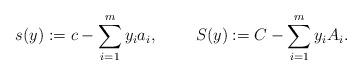
LaTeX: \begin{align*} s(y) := c - \sum_{i=1}^m y_i a_i, \ \ \ \ \ \ \ S(y) := C - \sum_{i=1}^m y_i A_i.\end{align*}